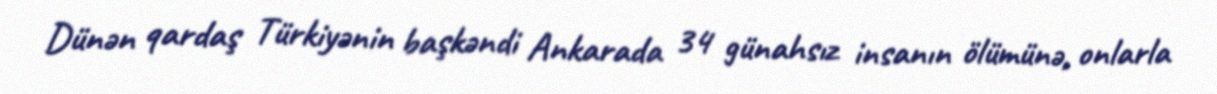
Dünən qardaş Türkiyənin başkəndi Ankarada 34 günahsız insanın ölümünə, onlarla